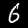
Label: 6